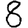
Digit: 8